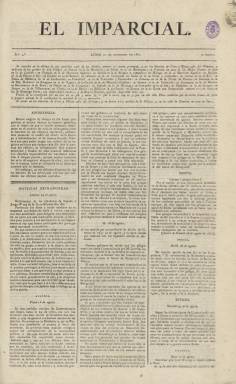
Título: El Imparcial (Madrid. 1821)
Colección: Periódicos anteriores a 1850
Ámbito geográfico: Madrid
Lugar de publicación: Madrid
Fechas: 10/09/1821-30/06/1822

Este diario vinculado directamente con el político Francisco Javier de Burgos (1778-1848) forma parte, según Seoane (1983), de la denominada “triada afrancesada” durante el Trienio Liberal (1820-1823), junto a la revista político-literaria El Censor (1820-1822) y El Universal (1820-1823). El josefino De Burgos, tras regresar de su exilio, había editado previamente Continuación del Almacén de frutos literarios o Semanario de obras inéditas (1818-1819) y a continuación Miscelánea de comercio, artes y literatura (1819-1821), para pasar a dirigir El Imparcial, que apareció el diez de septiembre de 1821, más de un año y medio después de la reinstauración de la Constitución de 1812, tras la sublevación en Cabezas de San Juan de Rafael del Riego (1784-1822).

Junto a De Burgos, serán los principales redactores de El Imparcial el catedrático de Retórica José Mamerto Gómez Hermosilla (1771-1837), el sacerdote y profesor Alberto Lista (1775-1848) y Sebastián Miñano (1779-1845), que a la vez lo eran también de El Censor. Con el título El Imparcial ya se habían publicado otros periódicos durante el primer periodo constitucional en Madrid (1809), Cádiz (1812) o Alicante (1813), y más adelante lo adoptarán, sólo en Madrid, hasta cuatro nuevas publicaciones periódicas, siendo la más destacada y longeva la que fundará José Ortega Munilla (1856-1922), que se publicará desde 1867 hasta 1933.

Este El Imparcial está entroncado, como sus principales hacedores, con el denominado “despotismo ilustrado”, al que se le ha aplicado otros epítetos, como ser de tintes oficialistas, de reformista autoritario, portavoz de los núcleos más conservadores del liberalismo (Zavala: 1970), y hasta de reaccionario, o a juicio de Mesonero Romanos como más refractario a las doctrinas constitucionales que el citado El Universal. En cualquier caso, aun siendo órgano del moderantismo, será “más acusadamente combativo y polémico” que El Censor, recibiendo también durísimos ataques por parte del satírico El Zurriago (1821-1823), según señala Gómez Aparicio (1967).

“Mucho más formativo y menos teorizante” que El Censor (Checa Godoy: 2010), formalmente está estampado en formato gran folio, en entregas de cuatro páginas compuestas a tres columnas, y una tipografía limpia. La estructuración de sus contenidos comienzan con las noticias extranjeras, a las que siguen las de ultramar, cuando no con las que incluye en sus epígrafes Gobierno o Cortes, para a continuación ofrecer las nacionales, y seguidamente las locales madrileñas. A ello suma las secciones de Variedades y Teatros. Aunque para informar del extranjero o de España usa como fuente otras gacetas y periódicos, también algunas de sus crónicas proceden de corresponsales.

En cuanto a sus artículos políticos y doctrinales, ya en su primera entrega publica los referidos al Estado político de la Europa y al de España, a la vez que advierte que presentará sus reflexiones “con absoluta imparcialidad sin mantener adhesión a ningún partido, porque nuestra intención no es la de engrosar ninguno de ellos”. También en esa primera entrega, sus editores avisan de que en un sistema liberal los ciudadanos tienen que ser celadores activos de la Constitución, y que tienen el derecho de denunciar los abusos del poder.

Tras la intentona absolutista del siete de julio de 1822 y la consiguiente radicalización de los exaltados, El Censor dejaría de publicarse. En cuanto a El Imparcial, el último número de la colección de este título en la Biblioteca Nacional de España corresponde al 30 de junio de ese año. No se sabe si publicó algún número más. Fue acusado de estar pagado por el infante Don Carlos (Seoane: 1983), con el que Francisco Javier de Burgos mantuvo relaciones en este periodo. El futuro ministro, volverá al exilio y redactará en Francia la Gaceta de Bayona (1828-1830), acabando aquí su actividad periodística. Además de la bibliografía ya citada, véanse los trabajos de Gil Novales sobre la prensa en este segundo periodo constitucional.

[Descripción modificada el 16/8/2022]